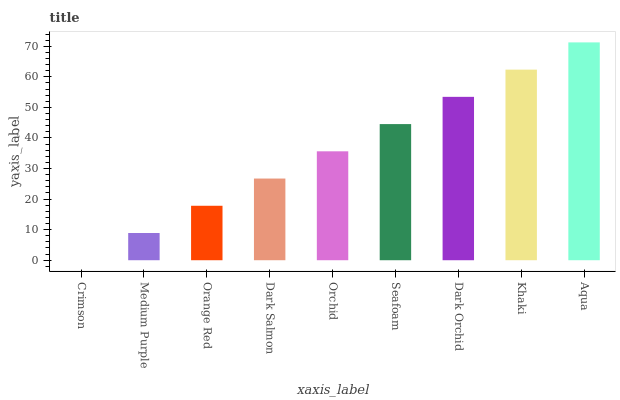
| xaxis_label | bars |
 | --- | --- |
 | Crimson | 0 |
 | Medium Purple | 8.91 |
 | Orange Red | 17.8 |
 | Dark Salmon | 26.7 |
 | Orchid | 35.6 |
 | Seafoam | 44.5 |
 | Dark Orchid | 53.4 |
 | Khaki | 62.4 |
 | Aqua | 71.3 |